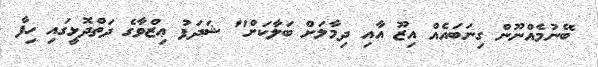
ބޭނުމެއްނޫން ގިނަބައެއް އިޒޫ އާއި ދިމާލަށް ބަލާކަށް" ޝަދަފު ޢިޒްވާގެ ދަތްދޮޅީގައި ހިފާ